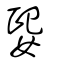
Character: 媐